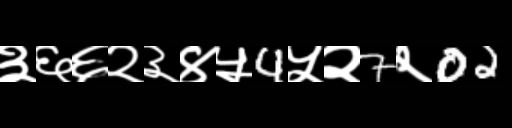
Text: ३६६२३४५4५२7२02